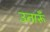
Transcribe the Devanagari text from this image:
उतारूँ